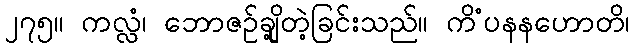
၂၇၅။ ကလ္လံ၊ ဘောဇဉ်ချို့တဲ့ခြင်းသည်။ ကိံပနနဟောတိ၊